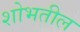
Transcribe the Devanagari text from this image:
शोभतील